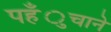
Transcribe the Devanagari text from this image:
पहँुचाने